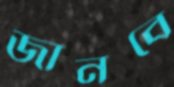
জানবে